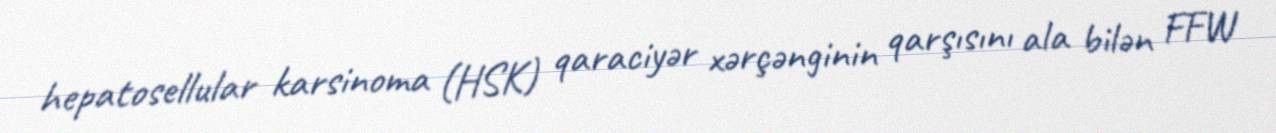
hepatosellular karsinoma (HSK) qaraciyər xərçənginin qarşısını ala bilən FFW